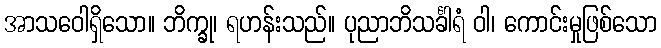
အာသဝေါရှိသော။ ဘိက္ခု၊ ရဟန်းသည်။ ပုညာဘိသင်္ခါရံ ဝါ၊ ကောင်းမှုဖြစ်သော